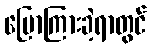
ပြောကြားခဲ့ရာတွင်